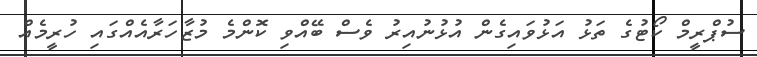
ސުޕްރީމް ކޯޓުގެ ތަޅު އަޅުވައިގެން އުޅުނުއިރު ވެސް ބޭއްވި ކޮންމެ މުޒާހަރާއެއްގައި ހުރީމެއް